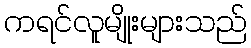
ကရင်လူမျိုးများသည်